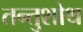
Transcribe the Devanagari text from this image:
तन्तुशोथ